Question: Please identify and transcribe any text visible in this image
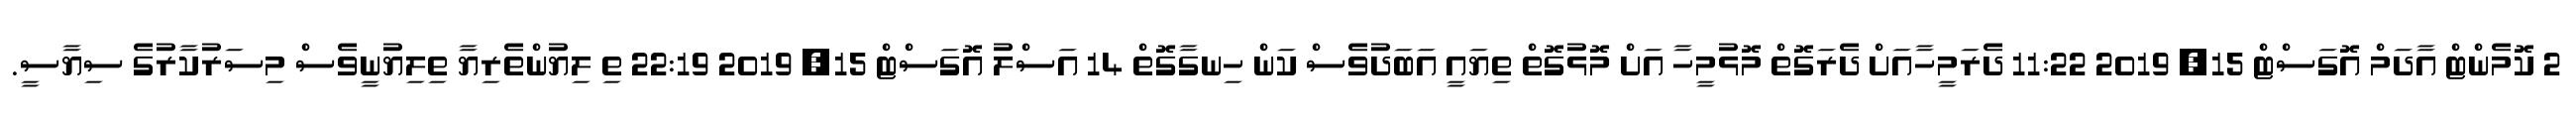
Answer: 2 ކޮމެންޓް އާދަމް އޮގަސްޓް 15, 2019 11:22 ދެރަމީހާއަށް ދެރަގޮތް މޮޅުމީހާ އަށް މޮޅުގޮތް ތިޔައީ އަބަދުވެސް ކަން ހިނގާގޮތް 14 އަސްލު އޮގަސްޓް 15, 2019 22:19 ތި ލިޔުންތެރިޔާ ތިލިޔުނީވެސް މިސަރުކާރުގެ ސިޔާސީ.